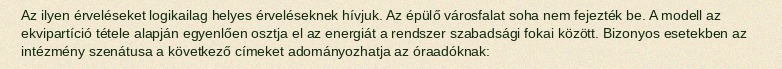
Az ilyen érveléseket logikailag helyes érveléseknek hívjuk. Az épülő városfalat soha nem fejezték be. A modell az ekvipartíció tétele alapján egyenlően osztja el az energiát a rendszer szabadsági fokai között. Bizonyos esetekben az intézmény szenátusa a következő címeket adományozhatja az óraadóknak: